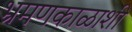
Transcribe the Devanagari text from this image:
भ्रमणकाळाशी